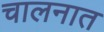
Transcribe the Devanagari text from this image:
चालनात